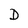
Character: D